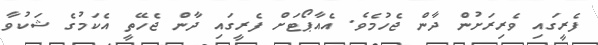
ފެރީގައި ވެރިރަށުން ދާން ޖެހުމެވެ. އެއާޕޯޓަށް ފެރީގައި ދާން ޖެހޭތީ އެކަމުގެ ޝަކުވާ